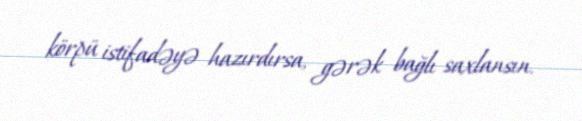
körpü istifadəyə hazırdırsa, gərək bağlı saxlansın.